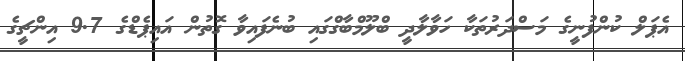
އެޕަލް ކުންފުނީގެ މަސްދަރުތަކާ ހަވާލާދީ ބްލޫމްބާގްގައި ބުނެފައިވާ ގޮތުން އައިޕެޑްގެ 9.7 އިންޗީގެ